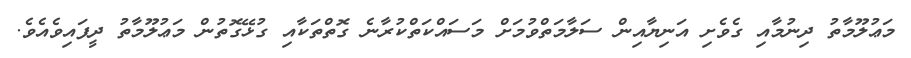
މަޢުލޫމާތު ދިނުމާއި ގެވެށި އަނިޔާއިން ސަލާމަތްވުމަށް މަސައްކަތްކުރާނެ ގޮތްތަކާއި ގުޅޭގޮތުން މަޢުލޫމާތު ދީފައިވެއެވެ.